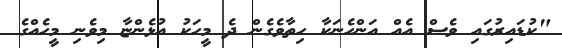
"ކުޑައިރުގައި ވެސް އެއް އަންހެނަކާ ހިތާވެގެން ދެ މީހަކު އުޅެންޏާ މިވެނި މީހެއްގެ